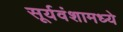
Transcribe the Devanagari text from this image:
सूर्यवंशामध्ये